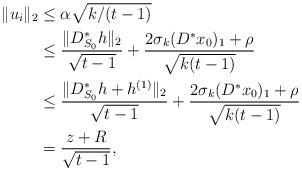
LaTeX: \begin{align*}\|u_i\|_2&\leq\alpha\sqrt{k/(t-1)} \\&\leq\frac{\|D^*_{S_0}h\|_2}{\sqrt{t-1}}+\frac{2\sigma_k(D^*x_0)_1+\rho}{\sqrt{k(t-1)}}\\&\leq\frac{\|D^*_{S_0}h+h^{(1)}\|_2}{\sqrt{t-1}}+\frac{2\sigma_k(D^*x_0)_1+\rho}{\sqrt{k(t-1)}}\\&=\frac{z+R}{\sqrt{t-1}},\end{align*}